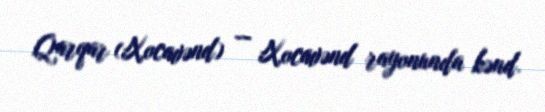
Qarqar (Xocavənd) — Xocavənd rayonunda kənd.